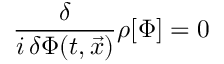
{ \frac { \delta } { i \, \delta \Phi ( t , \vec { x } ) } } \rho [ \Phi ] = 0